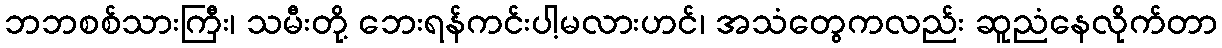
ဘဘစစ်သားကြီး၊ သမီးတို့ ဘေးရန်ကင်းပါ့မလားဟင်၊ အသံတွေကလည်း ဆူညံနေလိုက်တာ